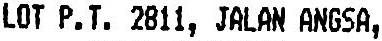
LOT P.T. 2811, JALAN ANGSA,